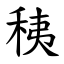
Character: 䄺